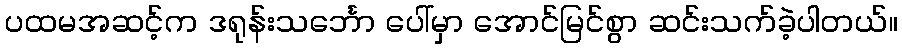
ပထမအဆင့်က ဒရုန်းသင်္ဘော ပေါ်မှာ အောင်မြင်စွာ ဆင်းသက်ခဲ့ပါတယ်။